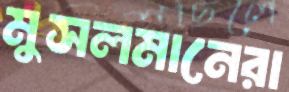
মুসলমানেরা